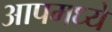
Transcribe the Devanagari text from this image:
आपमध्ये